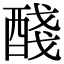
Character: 醆